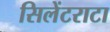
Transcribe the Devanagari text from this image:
सिलेंटराटा